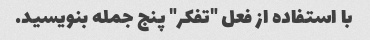
با استفاده از فعل "تفکر" پنج جمله بنویسید.